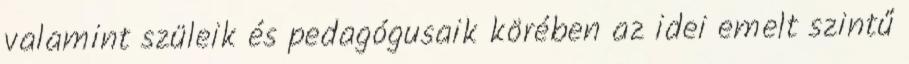
valamint szüleik és pedagógusaik körében az idei emelt szintű